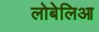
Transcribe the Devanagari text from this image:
लोबेलिआ